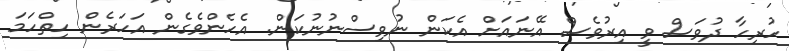
ހުރިހާ ދުވަސް ވީ އިރުވެސް އޭނައަށް އެކަން ނުވިސްނުނުކަން. އެހެންވެގެން އަހަރެން ހިތްހަމަ